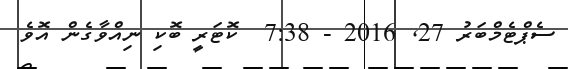
ސެޕްޓެމްބަރު 27